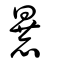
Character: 暴